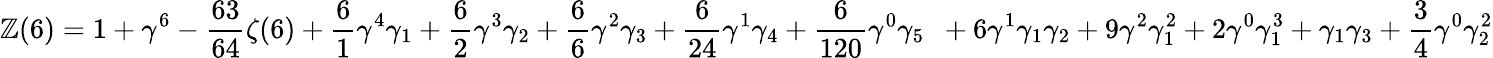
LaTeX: \mathbb{Z}(6)=1+\gamma^{6}-\frac{{63}}{{64}}\zeta(6)+\frac{{6}}{{1}}\gamma^{4}\gamma_{1}+\frac{{6}}{{2}}\gamma^{3}\gamma_{2}+\frac{{6}}{{6}}\gamma^{2}\gamma_{3}+\frac{{6}}{{24}}\gamma^{1}\gamma_{4}+\frac{{6}}{{120}}\gamma^{0}\gamma_{5}\, \, \, +6\gamma^{1}\gamma_{1}\gamma_{2}+9\gamma^{2}\gamma_{1}^{2}+2\gamma^{0}\gamma_{1}^{3}+\gamma_{1}\gamma_{3}+\frac{3}{4}\gamma^{0}\gamma_{2}^{2}